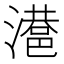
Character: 𣿑